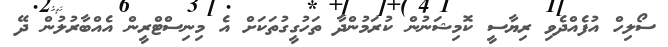
ސޯލިހް އުފެއްދެވި ރިޔާސީ ކޮމިޝަނުން ކުރަމުންދާ ތަހުގީގުތަކަށް އެ މިނިސްޓްރީން އެއްބާރުލުން ދޭ